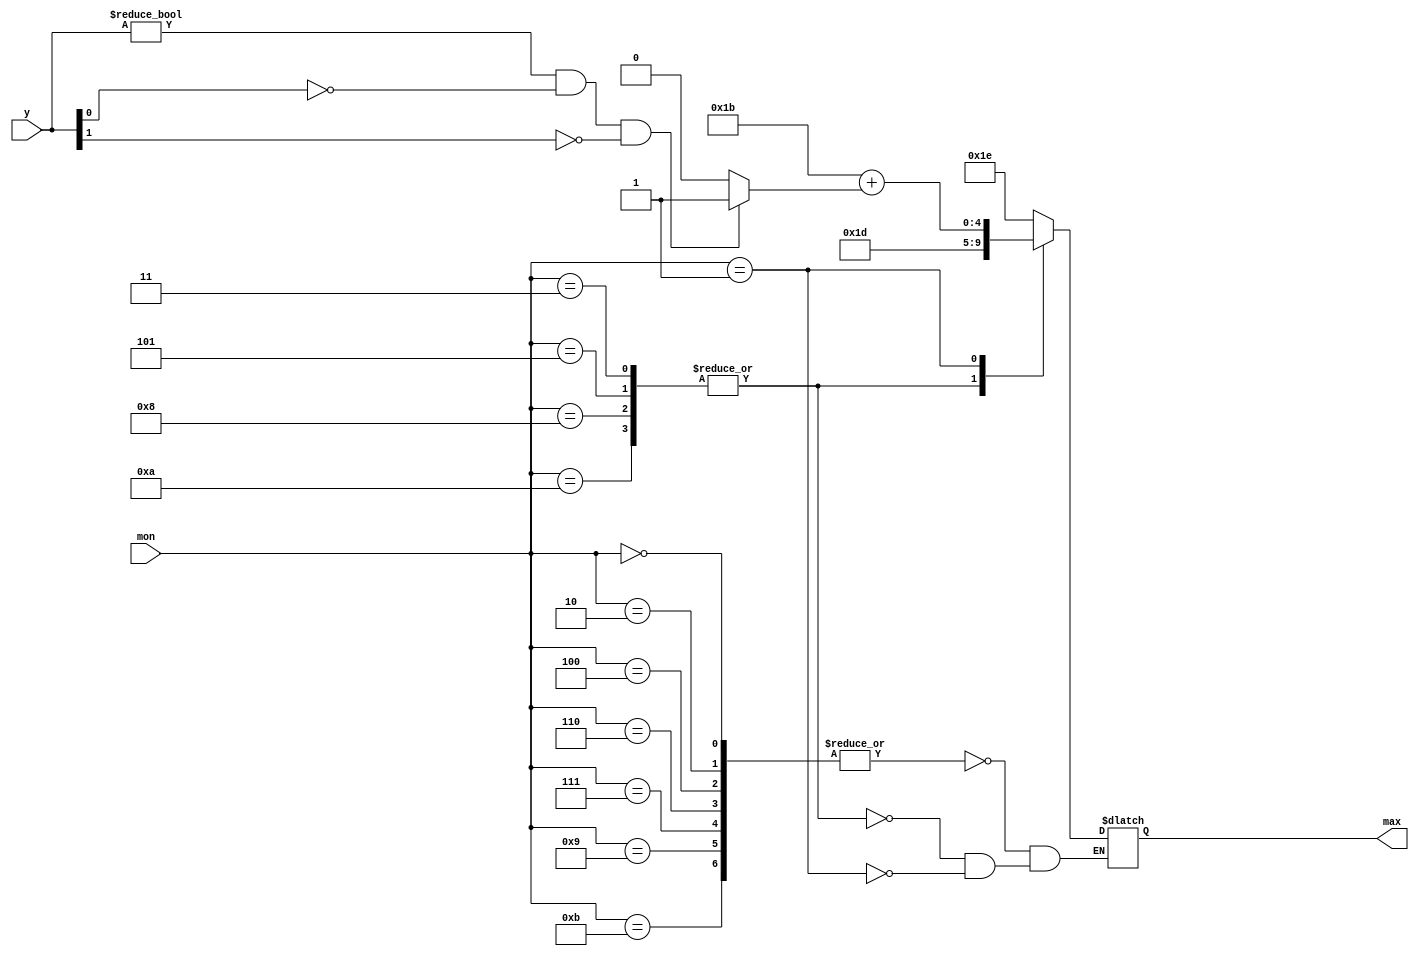
`timescale 1ns / 1ps
//////////////////////////////////////////////////////////////////////////////////
// Company: 
// Engineer: 
// 
// Design Name: 
// Module Name:    Maximum 
// Project Name: 
// Target Devices: 
// Tool versions: 
// Description: 
//
// Dependencies: 
//
// Revision: 
// Revision 0.01 - File Created
// Additional Comments: 
//
//////////////////////////////////////////////////////////////////////////////////
module Maximum(
    input [6:0] y,
    input [3:0] mon,
    output reg [4:0] max
    );
	 reg ext;
	 always @(*) begin
		if (y !=0 & !y[0] & !y[1]) ext = 1;
		else ext = 0;
		case (mon)
			0, 2, 4, 6, 7, 9, 11 : max = 30;
			3, 5, 8, 10 : max = 29;
			1 : max = 27 + ext;
		endcase
	end


endmodule